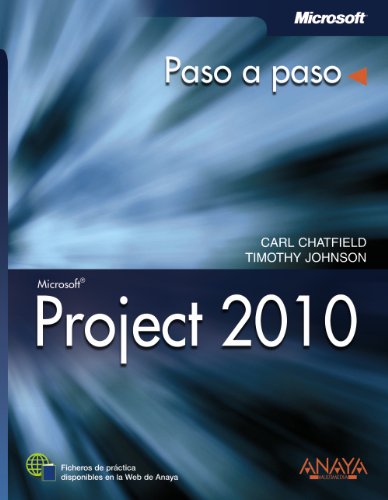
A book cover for Project 2010 / Microsoft Project 2010: Paso a paso / Step by Step (Spanish Edition); Carl Chatfield; Computers & Technology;